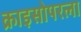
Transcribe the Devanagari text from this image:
क्राइसोपरला